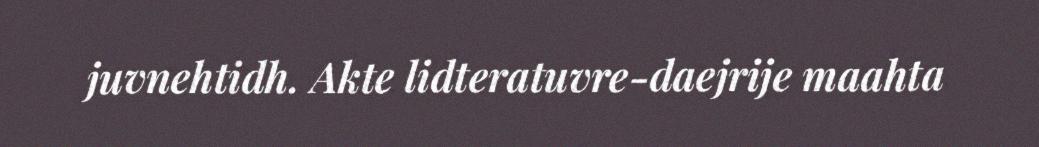
juvnehtidh. Akte lidteratuvre-daejrije maahta